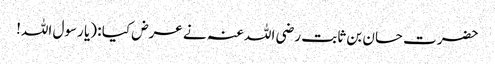
حضرت حسان بن ثابت رضی اللہ عنہ نے عرض کیا : (یا رسول اللہ!